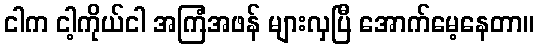
ငါက ငါ့ကိုယ်ငါ အကြံအဖန် များလှပြီ အောက်မေ့နေတာ။